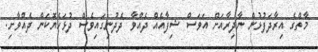
މާތްގެ އިރާދަފުޅުން ނާދިރާއަށް އަވަސް ޝިފާއެއް ދެއްވާ ދެދުނިގައިވެސް ދުޅަހެޔޮކަން ދެއްވާށި.